system: You are a helpful assistant.
user:
Analyze the provided spectrum to determine if it is a **Carbon Star (C-type)**.

- **Key Visual Indicators of Carbon Star:**
    - **(Primary):** Strong molecular absorption from **C₂ (diatomic carbon) "Swan Bands."** This is the **defining feature** of a carbon star.
        - **(Key Bandheads):** Sharp absorption edges are visible at approximately $5635$ Å, $5165$ Å (the strongest band), and $4737$ Å.
        - **(Line Profile):** Creates a distinct **"saw-tooth"** pattern. The key morphology is a sharp, steep bandhead on the **red (long-wavelength) side**, which then gradually tapers off (i.e., flux recovers) towards the **blue (short-wavelength) side**. *(This is the direct opposite of the TiO bands seen in M-type stars)*.

    - **(Secondary):** Intense **CN (cyanogen)** molecular absorption bands.
        - **(Key Bandheads):** Located in the blue and violet regions of the spectrum (e.g., near $4215$ Å and $3883$ Å).
        - **(Morphology):** These bands are extremely broad and act as a "blanket," absorbing the vast majority of blue and violet light. This creates a characteristic **"cliff"** or **"steep drop-off"** in the spectrum's flux at short wavelengths.

    - **(Key Confirmation):** Strong **CH absorption band (G-band)**.
        - **(Key Bandhead):** Located around $4300$ Å. The contribution from CH molecules to this band is exceptionally strong.

    - **(Overall Spectrum):**
        - The continuum is severely "chopped up" by these deep molecular bands, especially C₂, rather than appearing as a smooth curve.
        - Due to the heavy CN and C₂ absorption in the blue-green, the vast majority of the star's flux is concentrated in the red part of the spectrum, giving the star its characteristic deep red color.

Think first, call **spectral_visualization_tool** if needed to examine features in detail, then provide your final answer. Your response must adhere to the following strict rules:
1.  **Overall Structure:** Your response must follow the format `<think>...</think> <tool_call>...</tool_call> (if a tool is used) <answer>...</answer>`.
2.  **Tool Usage Constraint:** You may only make **one** tool call per turn.
3.  **Final Answer Format:** In the `<answer>` tag, your conclusion must be inside a `\boxed{}` command (e.g., `\boxed{YES}`), followed by your justification.

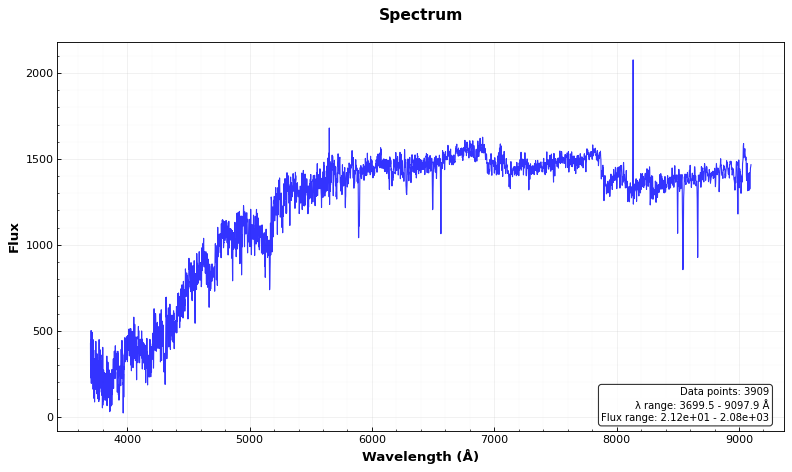
Answer: YES